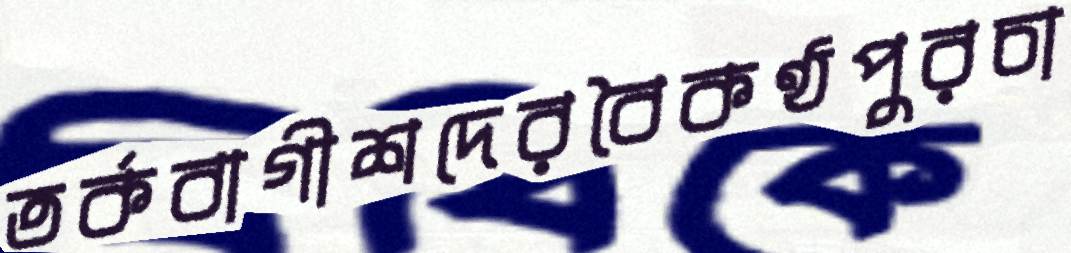
তর্কবাগীশদেরবৈকণ্ঠপুরচা